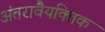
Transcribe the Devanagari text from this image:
अंतरावैयक्तिक